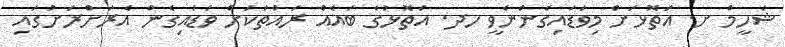
ޝަހީމް ށ. އަތޮޅަށް މިވަޑައިގެންނެވީ ހދ. އަތޮޅުގެ ބައެއް ރައްތަކަށް ވަޑައިގެން އެރަށްރަށުގައި